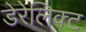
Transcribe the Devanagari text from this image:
डेरेलिक्ट